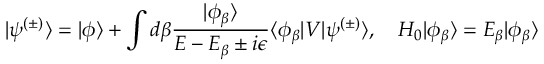
| \psi ^ { ( \pm ) } \rangle = | \phi \rangle + \int d \beta { \frac { | \phi _ { \beta } \rangle } { E - E _ { \beta } \pm i \epsilon } } \langle \phi _ { \beta } | V | \psi ^ { ( \pm ) } \rangle , \quad H _ { 0 } | \phi _ { \beta } \rangle = E _ { \beta } | \phi _ { \beta } \rangle